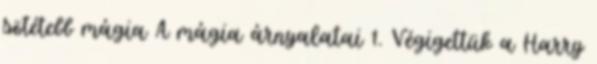
sötétebb mágia A mágia árnyalatai 1. Végigettük a Harry